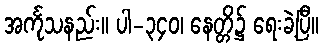
အင်္ကုသနည်း။ ပါ-၃၄၀၊ နေတ္တိ၌ ရေးခဲ့ပြီ။